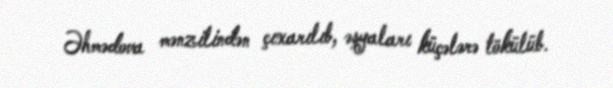
Əhmədova mənzilindən çıxarılıb, əşyaları küçələrə tökülüb.